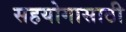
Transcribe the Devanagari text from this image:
सहयोगासाठी